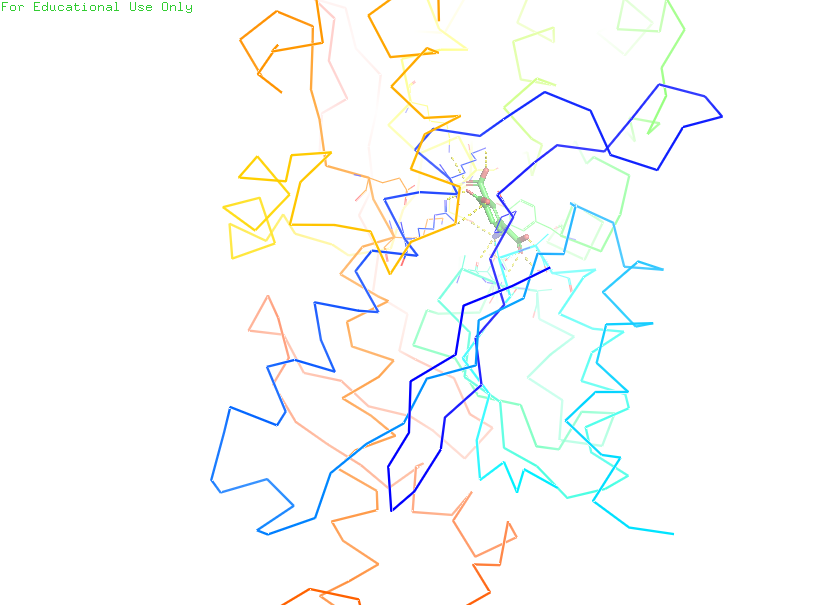
pymol, preset, ligands